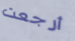
أرجعت